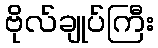
ဗိုလ်ချုပ်ကြီး